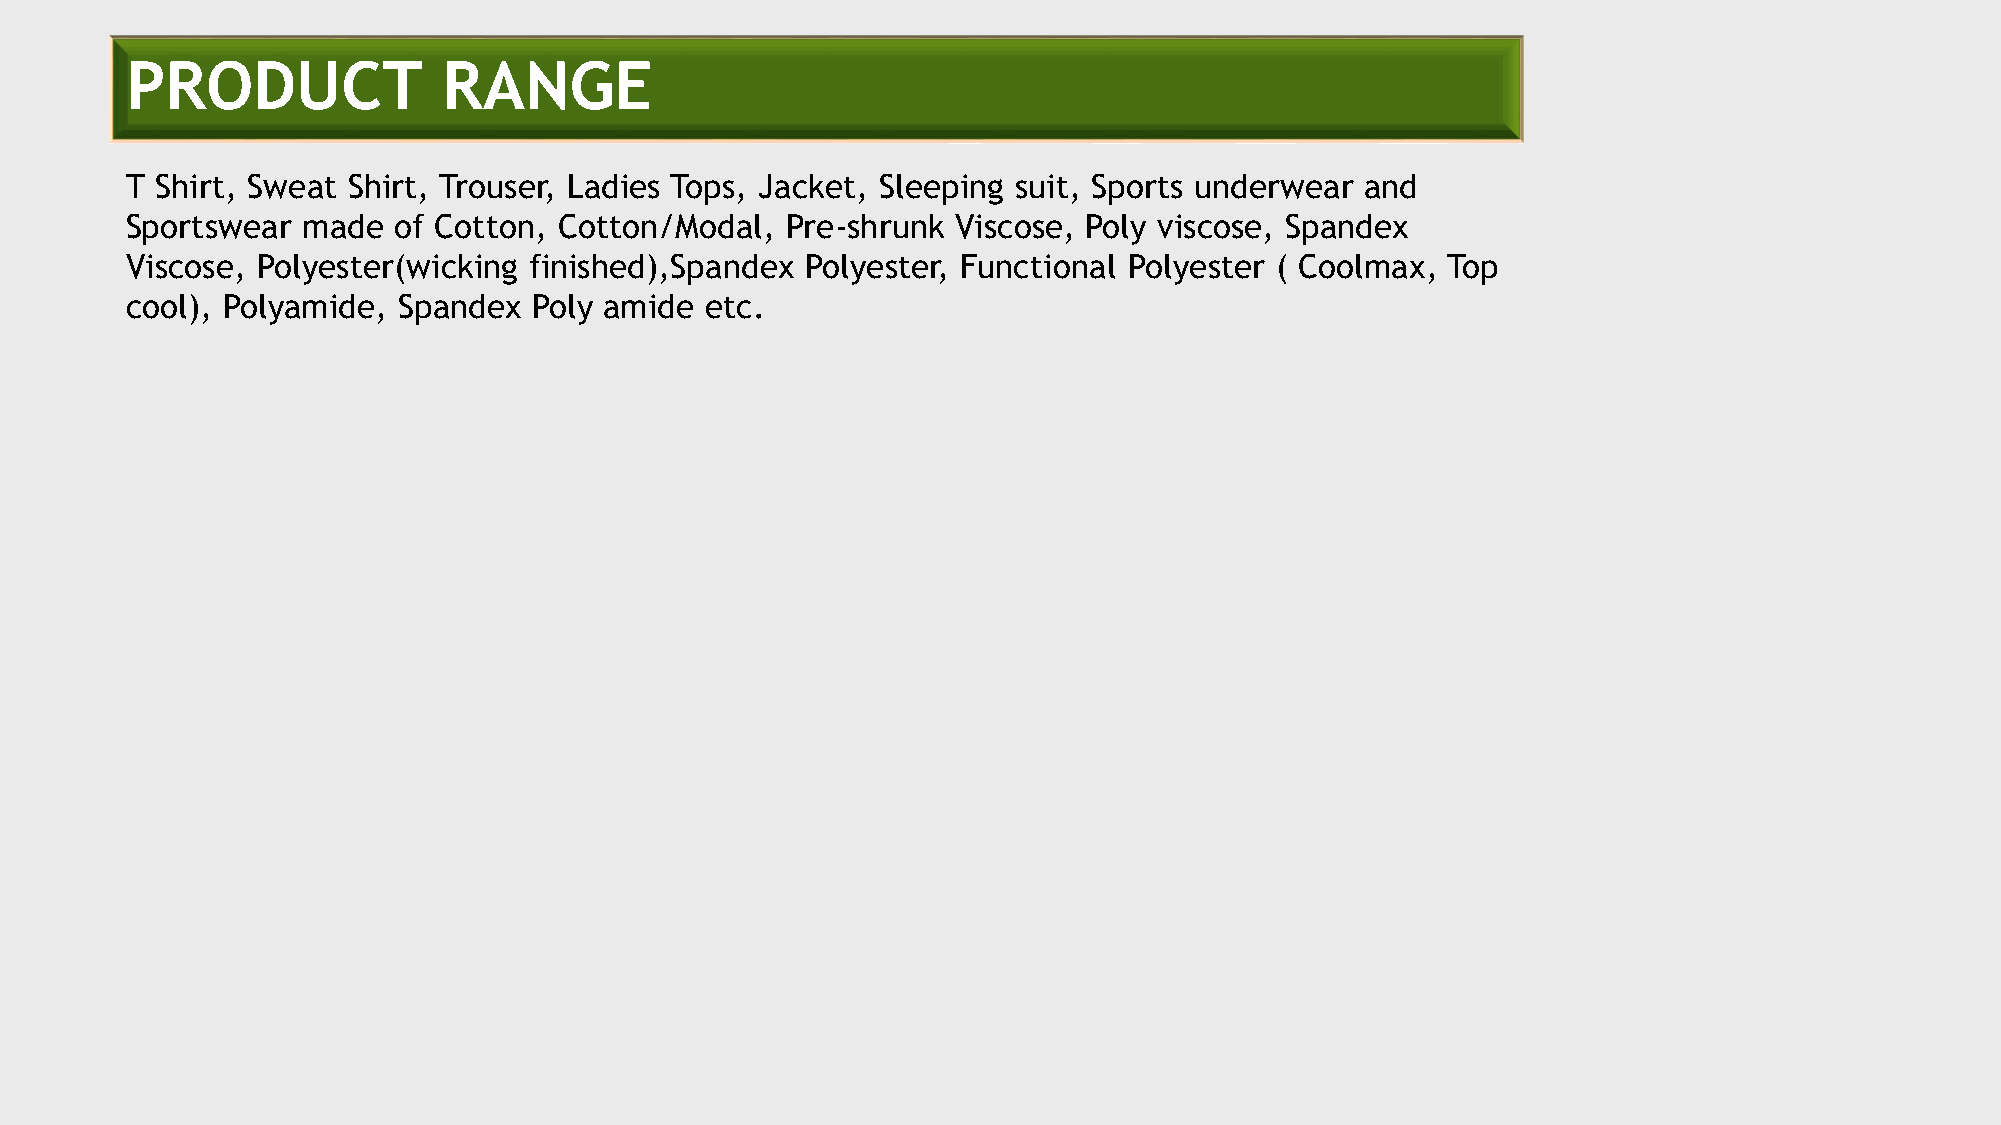
PRODUCT              RANGE
 T Shirt, Sweat Shirt, Trouser, Ladies Tops, Jacket, Sleeping suit, Sports underwear and
 Sportswear  made  of Cotton, Cotton/Modal,  Pre-shrunk Viscose, Poly viscose, Spandex
 Viscose, Polyester(wicking finished),Spandex Polyester, Functional Polyester ( Coolmax, Top
 cool), Polyamide, Spandex  Poly amide  etc.